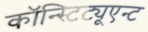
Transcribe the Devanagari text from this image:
कॉन्स्टिट्यूएन्ट